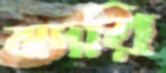
বাদরি